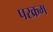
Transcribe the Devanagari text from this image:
परक्रम